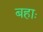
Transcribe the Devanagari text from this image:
बहाः